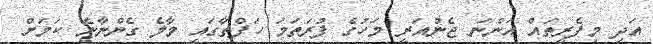
އަދި މިފެރީތައް އަންނަ ޖެނުއަރީ މަހުގެ ފުރަތަމަ ހަފްތާގައި މާލެ ގެންނާނެ ކަމަށް